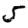
Digit: 5